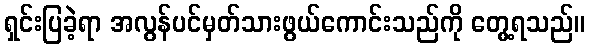
ရှင်းပြခဲ့ရာ အလွန်ပင်မှတ်သားဖွယ်ကောင်းသည်ကို တွေ့ရသည်။